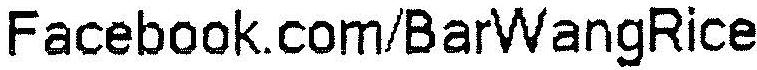
FACEBOOK.COM/BARWANGRICE